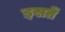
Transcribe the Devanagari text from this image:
इसतें